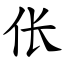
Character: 伥